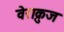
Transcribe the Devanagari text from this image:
वेराक्रुज